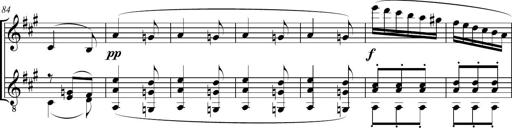
Title: Sonatine bureaucratique
Composer: Erik Satie